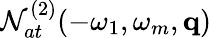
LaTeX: {\cal N}_{at}^{(2)}(-\omega_{1},\omega_{m},\mathbf{q})